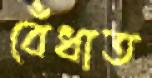
বেঁধাত